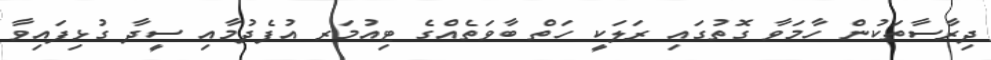
ދިރާސާތަކުން ހާމަވާ ގޮތުގައި ރަލަކީ ހަތް ބާވަތެއްގެ ޓިއުމަރ އުފެދުމާއި ސީދާ ގުޅިފައިވާ